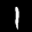
Label: 1